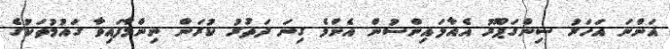
އަންނަ އަހަރު ސިންގަޕޫރު އެއާލައިންސުން އެންމެ ގިނަ ދަތުރު ކުރަން ނިންމާފައިވާ ގައުމުތަކުގެ